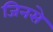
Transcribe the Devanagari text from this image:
जिनसे